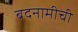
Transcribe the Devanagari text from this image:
बदनामीची